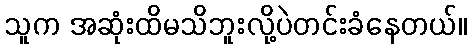
သူက အဆုံးထိမသိဘူးလို့ပဲတင်းခံနေတယ်။